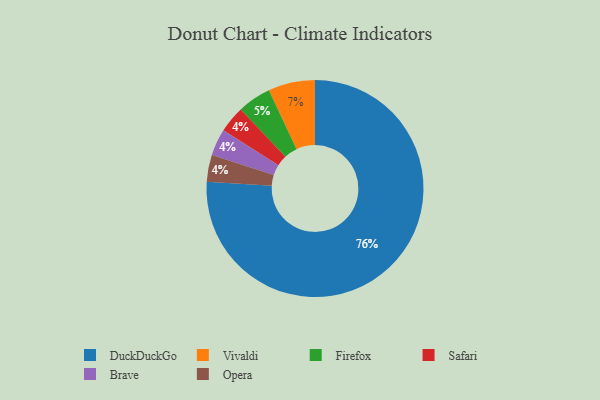
{"axis": {"x": "Category", "y": "Percentage"}, "legend": ["Brave", "DuckDuckGo", "Firefox", "Opera", "Safari", "Vivaldi"], "data": [{"x": "DuckDuckGo", "y": 76, "type": "DuckDuckGo"}, {"x": "Safari", "y": 4, "type": "Safari"}, {"x": "Vivaldi", "y": 7, "type": "Vivaldi"}, {"x": "Firefox", "y": 5, "type": "Firefox"}, {"x": "Brave", "y": 4, "type": "Brave"}, {"x": "Opera", "y": 4, "type": "Opera"}]}